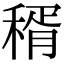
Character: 稰